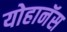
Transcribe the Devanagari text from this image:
योहानॅस